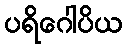
ပရိဂေါပိယ